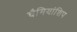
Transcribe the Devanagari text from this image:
चैमियांशिप